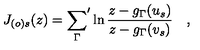
J _ { ( o ) s } ( z ) = { \sum _ { \Gamma } } ^ { \prime } \ln \frac { z - g _ { \Gamma } ( u _ { s } ) } { z - g _ { \Gamma } ( v _ { s } ) } \quad ,